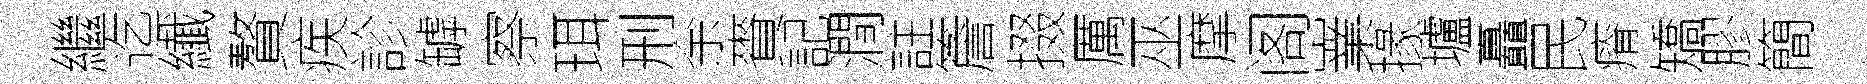
繼迄纎贅疾診罅察珥刑余賚記澗註簷掇厲巫摩阁嶪掾壚矗民瘠矯膠簡